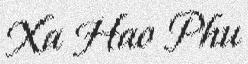
Xa Hao Phu